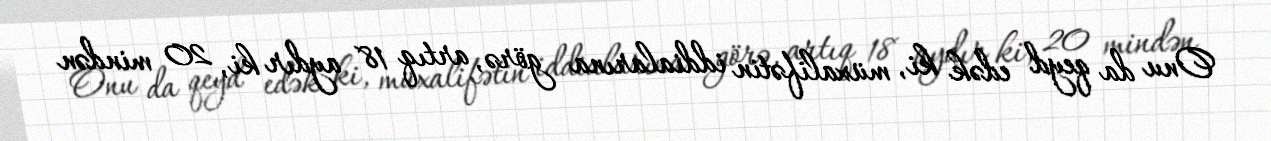
Onu da qeyd edək ki, müxalifətin iddialarına görə, artıq 18 aydır ki, 20 mindən